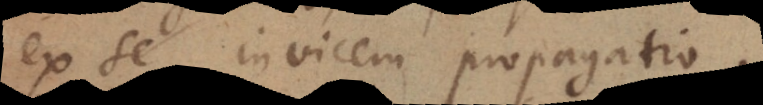
ex se invicem propagatio.